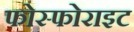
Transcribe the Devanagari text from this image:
फोस्फोराइट